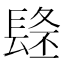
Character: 𨲐